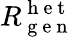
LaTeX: R_{\mathrm{~g~e~n~}}^{\mathrm{~h~e~t~}}